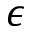
\epsilon